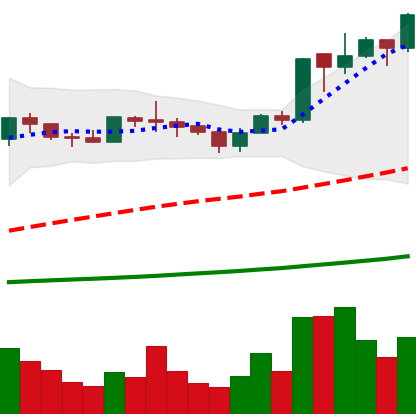
Ticker: ADA-USD
Chart end date: 2020-07-06
Forward return: 19.001%
Label: up_7plus